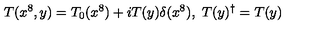
T ( x ^ { 8 } , y ) = T _ { 0 } ( x ^ { 8 } ) + i T ( y ) \delta ( x ^ { 8 } ) , \ T ( y ) ^ { \dag } = T ( y )